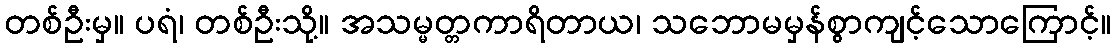
တစ်ဦးမှ။ ပရံ၊ တစ်ဦးသို့။ အသမ္မတ္တကာရိတာယ၊ သဘောမမှန်စွာကျင့်သောကြောင့်။